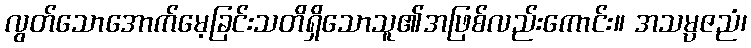
လွတ်သောအောက်မေ့ခြင်းသတိရှိသောသူ၏အဖြစ်လည်းကောင်း။ အသမ္ပဇညံ၊